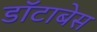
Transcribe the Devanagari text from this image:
डॉटाबेस